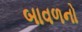
બાવળનો